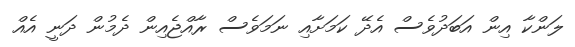
ލަންކާ އިން އަބަދުވެސް އެދޭ ކަމަށާއި ނަމަވެސް ރާއްޖެއިން ދެމުން ދަނީ އެއް